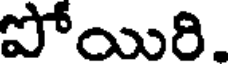
పోయిరి.